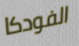
الفودكا